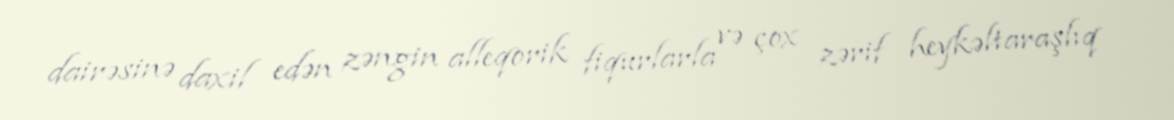
dairəsinə daxil edən zəngin alleqorik fiqurlarla və çox zərif heykəltaraşlıq